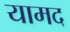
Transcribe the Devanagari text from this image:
यामद